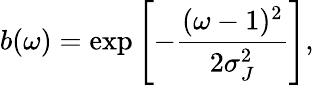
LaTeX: b(\omega)=\exp{\left[-\frac{(\omega-1)^{2}}{2\sigma_{J}^{2}}\right]},